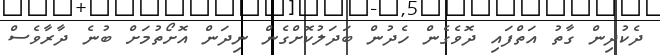
ދެކުދިން ގާތު އަތްފައި ދޮވެގެން ހެދުން ބަދަލުކޮށްގެން ނިދަން އޮށޯތުމަށް ބުނެ ދާރާވެސް